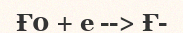
Ғ0 + е --> Ғ-